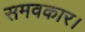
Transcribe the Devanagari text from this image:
समवकार।